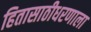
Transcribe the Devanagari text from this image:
हितासाठीधरणाला